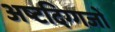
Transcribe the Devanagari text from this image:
अष्टदिग्गजों